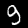
Label: 9